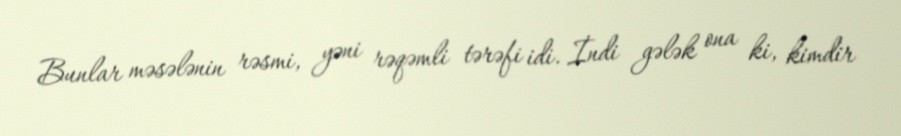
Bunlar məsələnin rəsmi, yəni rəqəmli tərəfi idi. İndi gələk ona ki, kimdir